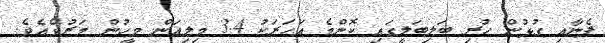
ފެނާއި ގުޅުން ހުރި ބަލިބަލީގައި ކޮންމެ އަހަރަކު 3.4 މިލިއަން މީހުން މަރުވެއެވެ.